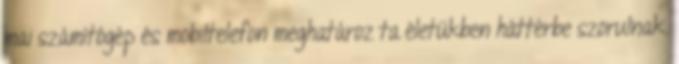
mai számítógép és mobiltelefon meghatároz ta életükben háttérbe szorulnak.